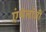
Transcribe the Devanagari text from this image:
एंथेलॉजी